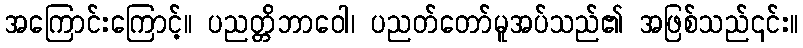
အကြောင်းကြောင့်။ ပညတ္တိဘာဝေါ၊ ပညတ်တော်မူအပ်သည်၏ အဖြစ်သည်၎င်း။